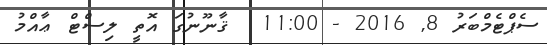
ސެޕްޓެމްބަރު 8